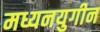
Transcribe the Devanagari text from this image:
मध्यनयुगीन